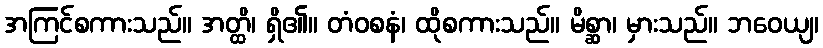
အကြင်စကားသည်။ အတ္ထိ၊ ရှိ၏။ တံဝစနံ၊ ထိုစကားသည်။ မိစ္ဆာ၊ မှားသည်။ ဘဝေယျ၊